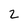
Character: 2